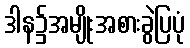
ဒါန၌အမျိုးအစားခွဲပြပုံ